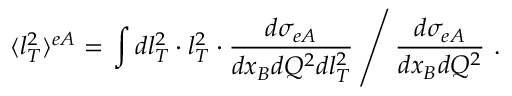
\langle l _ { T } ^ { 2 } \rangle ^ { e A } = \left. \int d l _ { T } ^ { 2 } \cdot l _ { T } ^ { 2 } \cdot \frac { d \sigma _ { e A } } { d x _ { B } d Q ^ { 2 } d l _ { T } ^ { 2 } } \, \right/ \frac { d \sigma _ { e A } } { d x _ { B } d Q ^ { 2 } } \ .